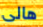
هالى